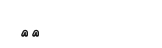
٧٩